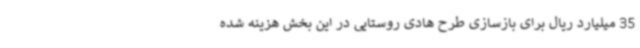
35 میلیارد ریال برای بازسازی طرح هادی روستایی در این بخش هزینه شده